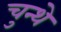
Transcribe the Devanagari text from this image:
चुन्थे